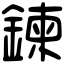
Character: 鍊